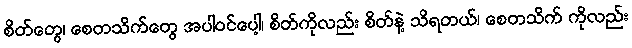
စိတ်တွေ၊ စေတသိက်တွေ အပါဝင်ပေါ့၊ စိတ်ကိုလည်း စိတ်နဲ့ သိရတယ်၊ စေတသိက် ကိုလည်း